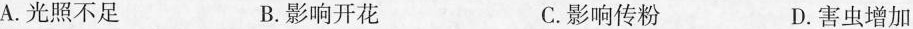
A.光照不足 B.影响开花 C.影响传粉 D.害虫增加